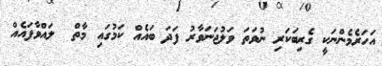
އަހަރެމެންނަކީ ގެރިބަކަރި ނުވަތަ ވަލުޖަނަވާރު ފަދަ ބައެއް ކަމުގައި މާތް  ލައްވާފައެއް